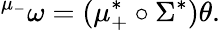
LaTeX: {}^{\mu_{-}}\omega=(\mu_{+}^{*}\circ\Sigma^{*})\theta.